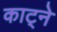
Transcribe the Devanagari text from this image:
काट्ने